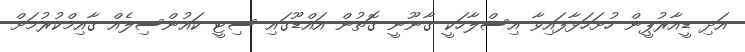
އަދި ޑީއާރުޕީން ހުށަހަޅާފައިވާ އިސްލާހަކީ ގާނޫނީ ގޮތުން އައްޑޫގައި ސިޓީ ކައުންސިލެއް ގާއިމްކުރުމަށް